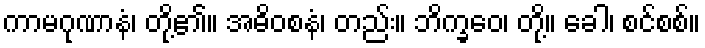
ကာမဂုဏာနံ၊ တို့၏။ အဓိဝစနံ၊ တည်း။ ဘိက္ခဝေ၊ တို့။ ခေါ၊ စင်စစ်။